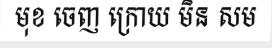
មុខ ចេញ ក្រោយ មិន សម